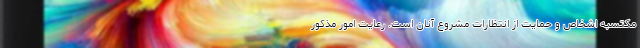
مکتسبه اشخاص و حمایت از انتظارات مشروع آنان است. رعایت امور مذکور